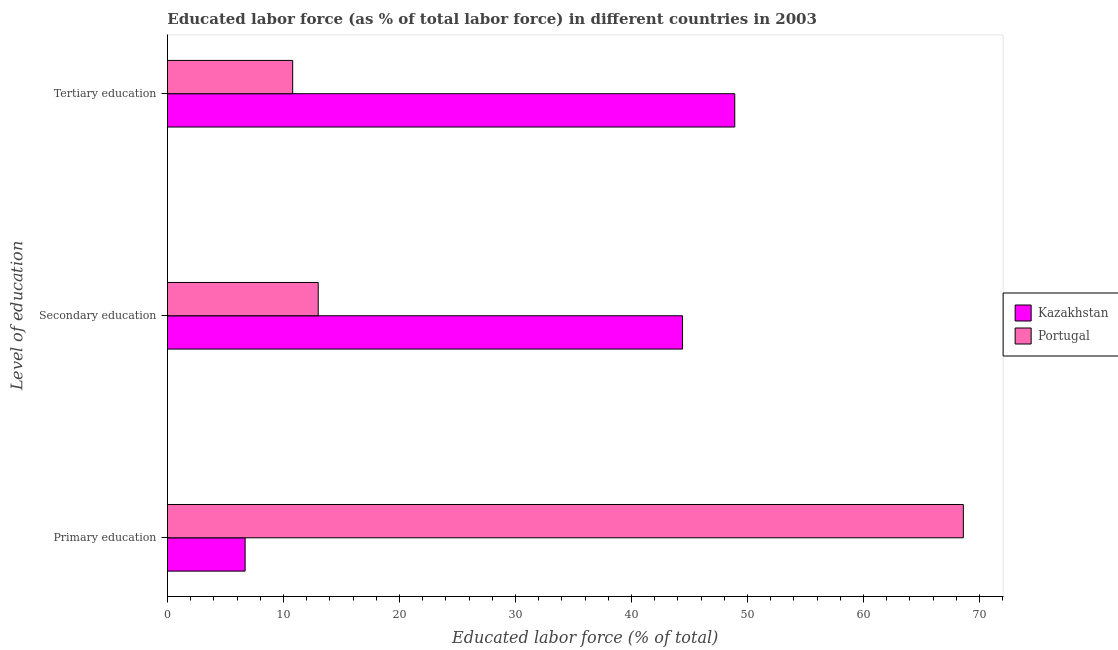
| Level of education | Kazakhstan | Portugal |
 | --- | --- | --- |
 | Primary education | 6.7 | 68.6 |
 | Secondary education | 44.4 | 13 |
 | Tertiary education | 48.9 | 10.8 |